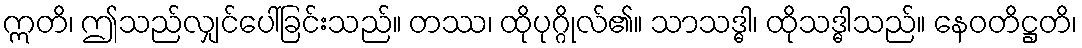
ဣတိ၊ ဤသည်လျှင်ပေါ်ခြင်းသည်။ တဿ၊ ထိုပုဂ္ဂိုလ်၏။ သာသဒ္ဓါ၊ ထိုသဒ္ဓါသည်။ နေဝတိဋ္ဌတိ၊